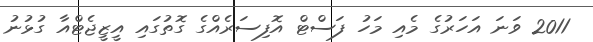
2011 ވަނަ އަހަރުގެ މެއި މަހު ފަސްޓް އޮފިސަރެއްގެ ގޮތުގައި އީޒީޖެޓްއާ ގުޅުނު